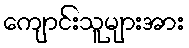
ကျောင်းသူများအား